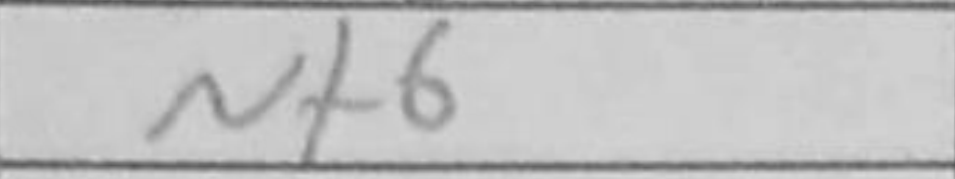
Transcription: Nf6